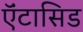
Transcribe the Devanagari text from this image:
ऍंटासिड